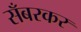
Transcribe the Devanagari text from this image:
सँबरकर